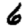
Digit: 6